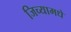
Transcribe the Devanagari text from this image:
जिच्यामधे